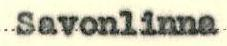
Savonlinna